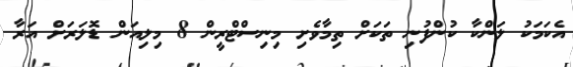
އެކަމަކު ލަންކާ ކުންފުނި ތަކަށް ތިމާވެށި މިނިސްޓްރީން 8 މިލިއަން ޑޮލަރަށް އަރާ